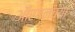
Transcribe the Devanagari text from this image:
ऑरगनच्या